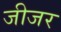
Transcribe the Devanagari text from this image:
जीजर